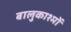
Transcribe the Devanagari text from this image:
बालुकाश्मों